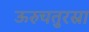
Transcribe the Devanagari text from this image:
ऊरुचतुरस्रा